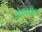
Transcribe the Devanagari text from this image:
घोरपडीला